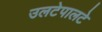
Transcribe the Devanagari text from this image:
उलटेपालटे